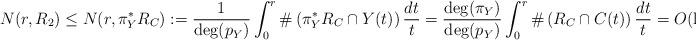
LaTeX: \begin{align*}N(r,R_2) \leq N(r,\pi^*_Y R_C) := \frac{1}{\mathrm{deg}(p_Y)} \int^r_0 \#\left( \pi^*_YR_C \cap Y(t)\right) \frac{dt}{t} = \frac{\mathrm{deg}(\pi_Y)}{\mathrm{deg}(p_Y)} \int^r_0 \#\left( R_C \cap C(t)\right) \frac{dt}{t} = O(\log r).\end{align*}